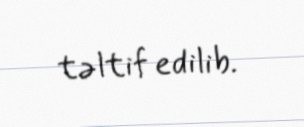
təltif edilib.